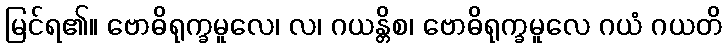
မြင်ရ၏။ ဗောဓိရုက္ခမူလေ၊ လ၊ ဂယန္တိစ၊ ဗောဓိရုက္ခမူလေ ဂယံ ဂယတိ